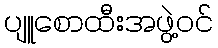
ပျူစောထီးအဖွဲ့ဝင်